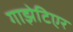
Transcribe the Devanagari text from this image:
गाझेटिएर